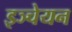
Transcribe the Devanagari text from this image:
इञ्चेयन